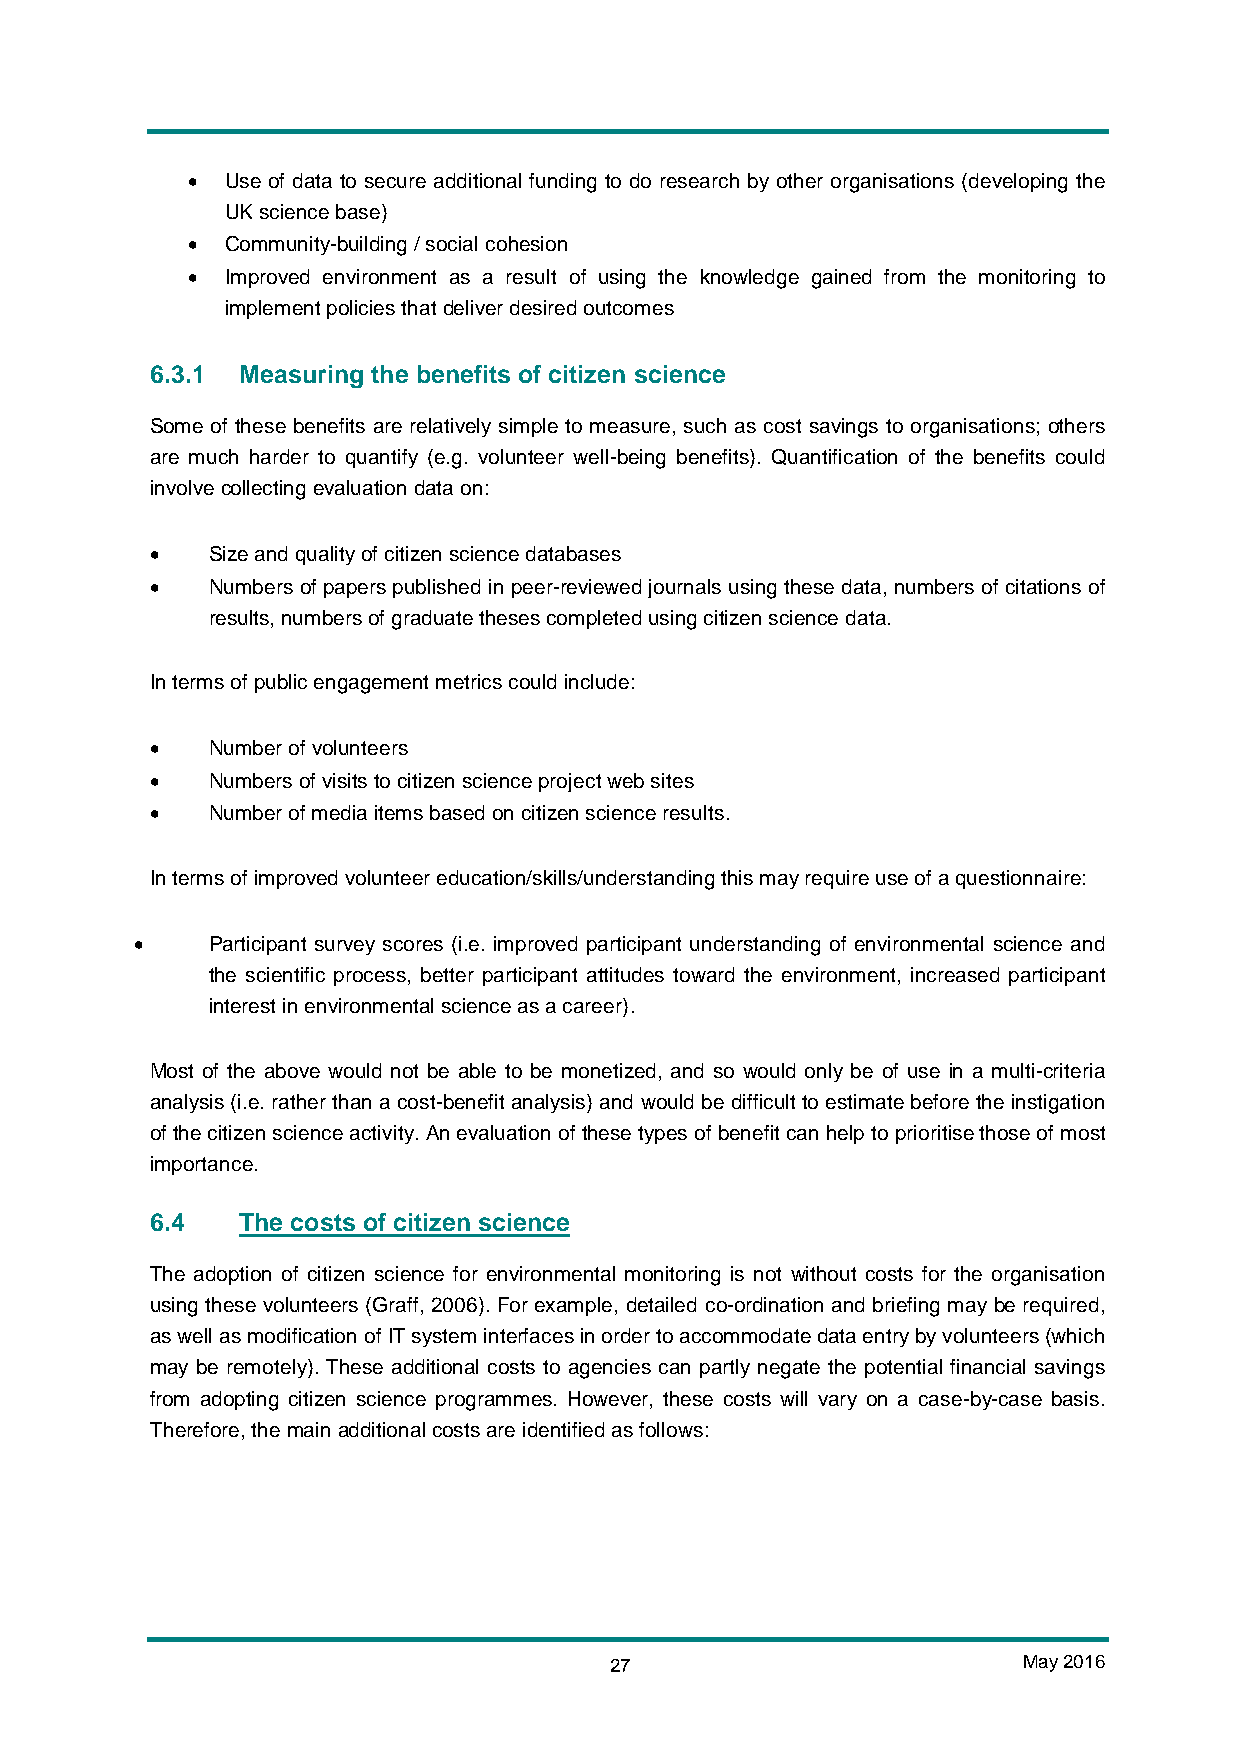
•  Use of data to secure additional funding to do research by other organisations (developing the
 UK science base)
 •  Community-building / social cohesion
 •  Improved environment as a result of using the knowledge gained from the monitoring to
 implement policies that deliver desired outcomes
 6.3.1 Measuring the benefits of citizen science
 Some of these benefits are relatively simple to measure, such as cost savings to organisations; others
 are much harder to quantify (e.g. volunteer well-being benefits). Quantification of the benefits could
 involve collecting evaluation data on:
 •   Size and quality of citizen science databases
 •   Numbers of papers published in peer-reviewed journals using these data, numbers of citations of
 results, numbers of graduate theses completed using citizen science data.
 In terms of public engagement metrics could include:
 •   Number of volunteers
 •   Numbers of visits to citizen science project web sites
 •   Number of media items based on citizen science results.
 In terms of improved volunteer education/skills/understanding this may require use of a questionnaire:
 •    Participant survey scores (i.e. improved participant understanding of environmental science and
 the scientific process, better participant attitudes toward the environment, increased participant
 interest in environmental science as a career).
 Most of the above would not be able to be monetized, and so would only be of use in a multi-criteria
 analysis (i.e. rather than a cost-benefit analysis) and would be difficult to estimate before the instigation
 of the citizen science activity. An evaluation of these types of benefit can help to prioritise those of most
 importance.
 6.4   The costs of citizen science
 The adoption of citizen science for environmental monitoring is not without costs for the organisation
 using these volunteers (Graff, 2006). For example, detailed co-ordination and briefing may be required,
 as well as modification of IT system interfaces in order to accommodate data entry by volunteers (which
 may be remotely). These additional costs to agencies can partly negate the potential financial savings
 from adopting citizen science programmes. However, these costs will vary on a case-by-case basis.
 Therefore, the main additional costs are identified as follows:
 27                          May 2016